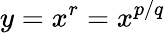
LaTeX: y=x^{r}=x^{p/q}